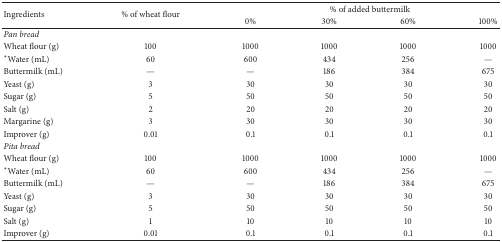
<table><thead><tr><td rowspan="2"><b>Ingredients</b></td><td rowspan="2"><b>% of wheat flour</b></td><td colspan="4"><b>% of added buttermilk</b></td></tr><tr><td><b>0%</b></td><td><b>30% </b></td><td><b>60%</b></td><td><b>100%</b></td></tr></thead><tbody><tr><td><i>Pan bread</i></td><td>[EMPTY_CELL]</td><td>[EMPTY_CELL]</td><td>[EMPTY_CELL]</td><td>[EMPTY_CELL]</td><td>[EMPTY_CELL]</td></tr><tr><td>Wheat flour (g)</td><td>100</td><td>1000</td><td>1000</td><td>1000</td><td>1000</td></tr><tr><td><sup><i>∗</i></sup>Water (mL)</td><td>60</td><td>600</td><td>434</td><td>256</td><td>—</td></tr><tr><td>Buttermilk (mL)</td><td>—</td><td>—</td><td>186</td><td>384</td><td>675</td></tr><tr><td>Yeast (g)</td><td>3</td><td>30</td><td>30</td><td>30</td><td>30</td></tr><tr><td>Sugar (g)</td><td>5</td><td>50</td><td>50</td><td>50</td><td>50</td></tr><tr><td>Salt (g)</td><td>2</td><td>20</td><td>20</td><td>20</td><td>20</td></tr><tr><td>Margarine (g)</td><td>3</td><td>30</td><td>30</td><td>30</td><td>30</td></tr><tr><td>Improver (g)</td><td>0.01</td><td>0.1</td><td>0.1</td><td>0.1</td><td>0.1</td></tr><tr><td><i>Pita bread</i></td><td colspan="5">[EMPTY_CELL]</td></tr><tr><td>Wheat flour (g)</td><td>100</td><td>1000</td><td>1000</td><td>1000</td><td>1000</td></tr><tr><td><sup><i>∗</i></sup>Water (mL)</td><td>60</td><td>600</td><td>434</td><td>256</td><td>—</td></tr><tr><td>Buttermilk (mL)</td><td>—</td><td>—</td><td>186</td><td>384</td><td>675</td></tr><tr><td>Yeast (g)</td><td>3</td><td>30</td><td>30</td><td>30</td><td>30</td></tr><tr><td>Sugar (g)</td><td>5</td><td>50</td><td>50</td><td>50</td><td>50</td></tr><tr><td>Salt (g)</td><td>1</td><td>10</td><td>10</td><td>10</td><td>10</td></tr><tr><td>Improver (g)</td><td>0.01</td><td>0.1</td><td>0.1</td><td>0.1</td><td>0.1</td></tr></tbody></table>